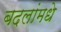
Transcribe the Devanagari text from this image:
बदलांमधे